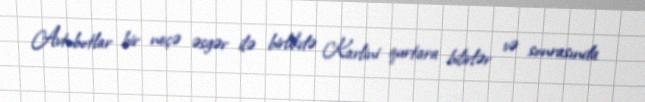
Avtobotlar bir neçə əsgər ilə birlikdə Karlini qurtara bilirlər və sonrasında